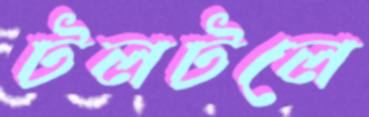
টলটলে